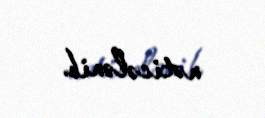
nəticələnib.